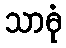
သာဓုံ